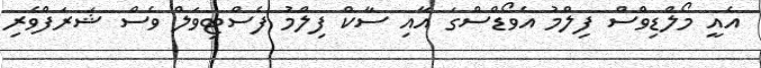
އެއީ މޯލްޑިވްސް ފިލްމު އެވޯޑްސްގަ އާއި ސާކް ފިލްމު ފެސްޓިވަލް ވެސް ޝަރަފްވެރި